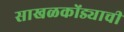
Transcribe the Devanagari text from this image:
साखळकोंड्याची